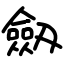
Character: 劔